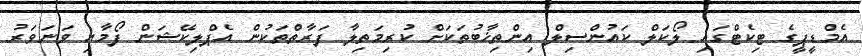
އެމްޑީޕީގެ ޓިކެޓްގައި ލޯކަލް ކައުންސިލް އިންތިޚާބުތަކަށް ކުރިމަތިލާ ފަރާތްތަކުން އެޕްލިކޭޝަން ފޯމާއި ވަނަވަރު